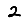
Digit: 2